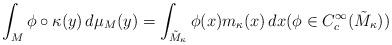
LaTeX: \begin{align*}\int_M \phi\circ \kappa(y)\,d\mu_M(y)=\int_{\tilde M_\kappa}\phi(x) m_\kappa(x)\,dx (\phi\in C_c^\infty(\tilde M_\kappa))\end{align*}